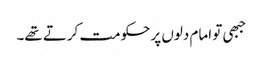
جبھی تو امام دلوں پر حکومت کرتے تھے۔